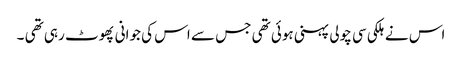
اس نے ہلکی سی چولی پہنی ہوئی تھی جس سے اس کی جوانی پھوٹ رہی تھی ۔